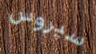
سيروس